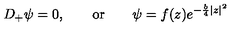
D _ { + } \psi = 0 , \qquad \mathrm { o r } \qquad \psi = f ( z ) e ^ { - \frac { b } { 4 } | z | ^ { 2 } }